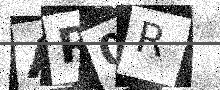
Text: AR0R